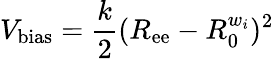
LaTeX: V_{\mathrm{bias}}=\frac{k}{2}(R_{\mathrm{ee}}-R_{0}^{w_{i}})^{2}